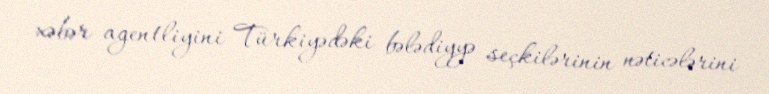
xəbər agentliyini Türkiyədəki bələdiyyə seçkilərinin nəticələrini